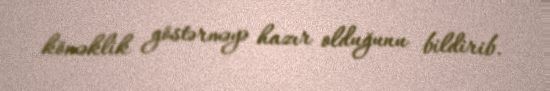
köməklik göstərməyə hazır olduğunu bildirib.